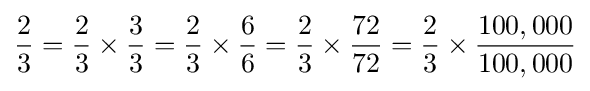
{\frac {2}{3}}={\frac {2}{3}}\times {\frac {3}{3}}={\frac {2}{3}}\times {\frac {6}{6}}={\frac {2}{3}}\times {\frac {72}{72}}={\frac {2}{3}}\times {\frac {100,000}{100,000}}